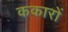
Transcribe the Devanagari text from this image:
ककारों